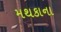
મથકાના